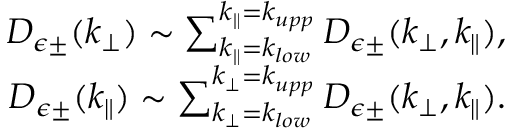
\begin{array} { r } { D _ { \epsilon \pm } ( k _ { \perp } ) \sim \sum _ { k _ { \parallel } = k _ { l o w } } ^ { k _ { \parallel } = k _ { u p p } } D _ { \epsilon \pm } ( k _ { \perp } , k _ { \parallel } ) , } \\ { D _ { \epsilon \pm } ( k _ { \parallel } ) \sim \sum _ { k _ { \perp } = k _ { l o w } } ^ { k _ { \perp } = k _ { u p p } } D _ { \epsilon \pm } ( k _ { \perp } , k _ { \parallel } ) . } \end{array}